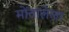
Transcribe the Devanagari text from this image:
मोंतालेला